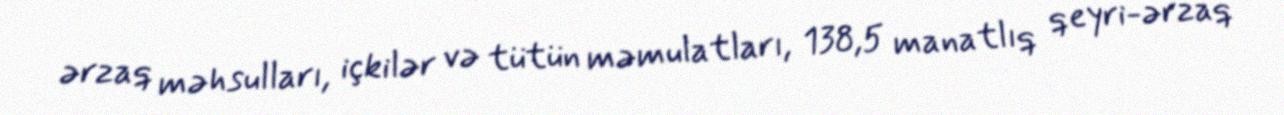
ərzaq məhsulları, içkilər və tütün məmulatları, 138,5 manatlıq qeyri-ərzaq